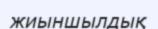
жиыншылдық